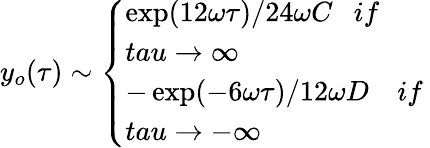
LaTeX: y_{o}(\tau)\sim\left\{ \begin{array}{l}{{\exp(12\omega\tau)/24\omega C\ \ \ if\ }}\\ {{tau\rightarrow\infty}}\\ {{-\exp(-6\omega\tau)/12\omega D\ \ \ \ if\ }}\\ {{tau\rightarrow-\infty}}\end{array}\right.